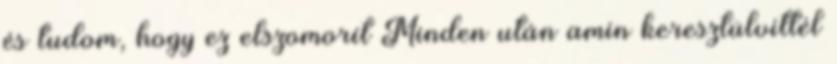
és tudom, hogy ez elszomorít Minden után amin keresztülvittél